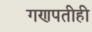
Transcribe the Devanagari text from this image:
गणपतीही